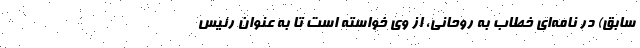
سابق) در نامه‌ای خطاب به روحانی، از وی خواسته است تا به عنوان رئیس